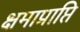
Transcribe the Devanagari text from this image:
क्षमाप्राप्ति